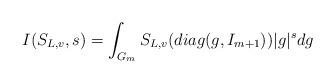
LaTeX: \begin{align*}I(S_{L,v},s)=\int_{G_m}S_{L,v}(diag(g,I_{m+1}))|g|^{s}dg\end{align*}